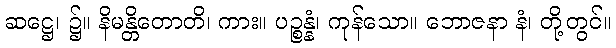
ဆဋ္ဌေ၊ ၌။ နိမန္တိတောတိ၊ ကား။ ပဉ္စန္နံ၊ ကုန်သော။ ဘောဇနာ နံ၊ တို့တွင်။